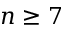
n \ge 7